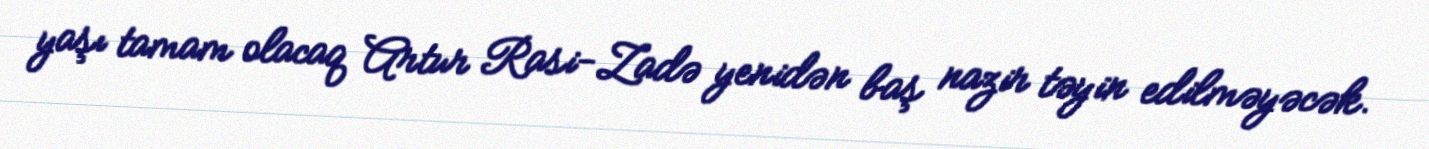
yaşı tamam olacaq Artur Rasi-Zadə yenidən baş nazir təyin edilməyəcək.